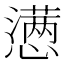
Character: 懑